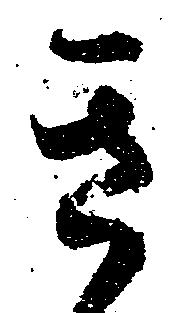
き